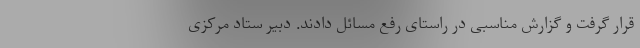
قرار گرفت و گزارش مناسبی در راستای رفع مسائل دادند. دبیر ستاد مرکزی